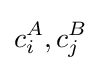
c_{i}^{A},c_{j}^{B}